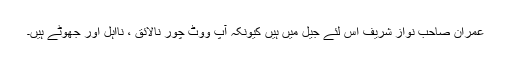
عمران صاحب نواز شریف اِس لئے جیل میں ہیں کیونکہ آپ ووٹ چور نالائق ، نااہل اور جھوٹے ہیں۔